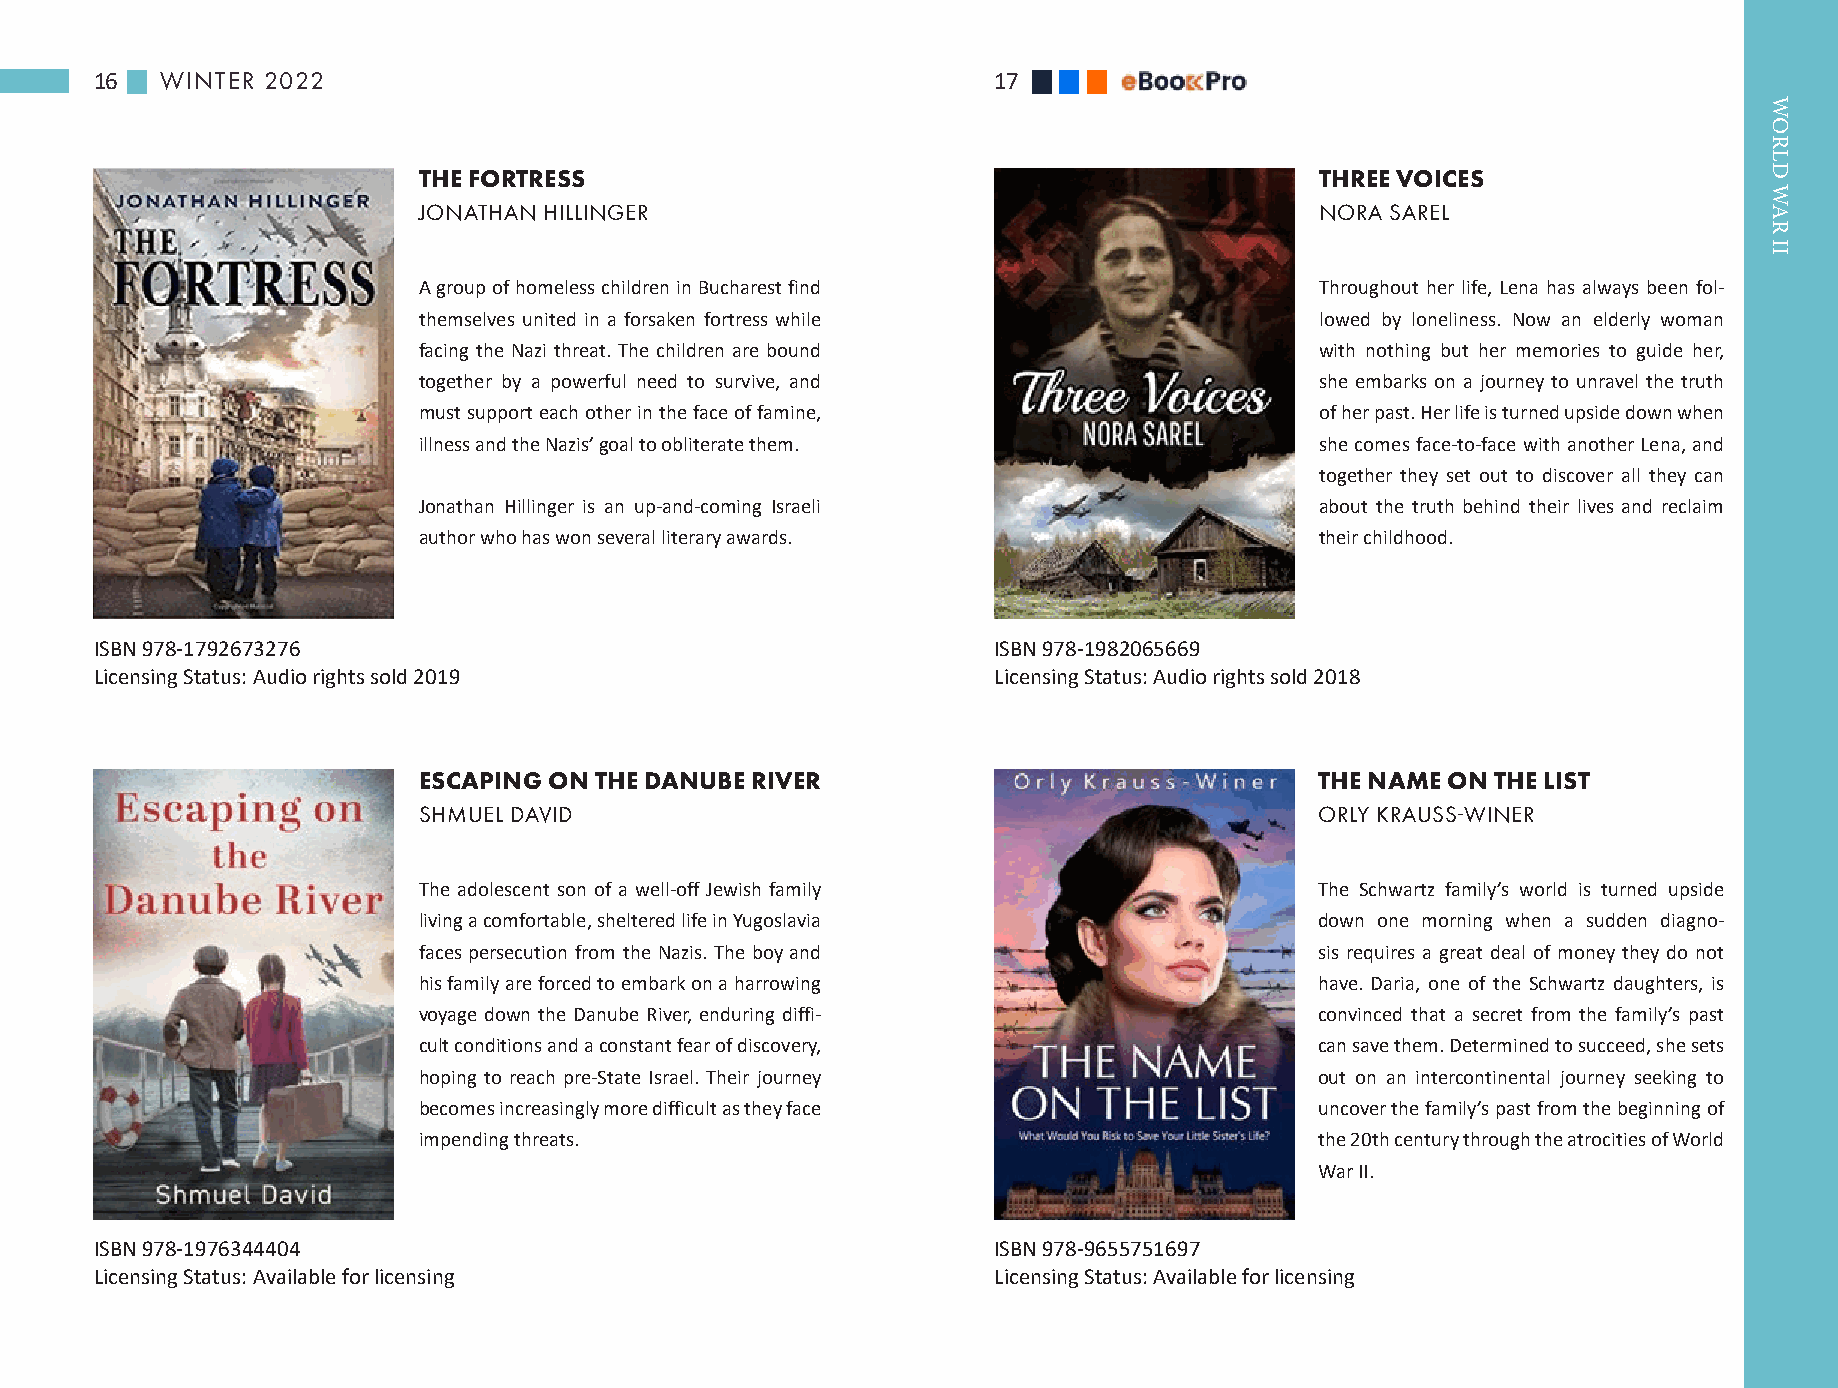
16   WINTER 2022                                            17
 THE FORTRESS                                               THREE VOICES
 JONATHAN HILLINGER                                         NORA SAREL
 A group of homeless children in Bucharest find             Throughout her life, Lena has always been fol-
 themselves united in a forsaken fortress while             lowed by loneliness. Now an elderly woman
 facing the Nazi threat. The children are bound             with nothing but her memories to guide her,
 together by a powerful need to survive, and                she embarks on a journey to unravel the truth
 must support each other in the face of famine,             of her past. Her life is turned upside down when
 illness and the Nazis’ goal to obliterate them.            she comes face-to-face with another Lena, and
 together they set out to discover all they can
 Jonathan Hillinger is an up-and-coming Israeli             about the truth behind their lives and reclaim
 author who has won several literary awards.                their childhood.
 ISBN 978-1792673276                                         ISBN 978-1982065669
 Licensing Status: Audio rights sold 2019                    Licensing Status: Audio rights sold 2018
 ESCAPING ON THE DANUBE RIVER                               THE NAME ON THE LIST
 SHMUEL DAVID                                               ORLY KRAUSS-WINER
 The adolescent son of a well-off Jewish family             The Schwartz family’s world is turned upside
 living a comfortable, sheltered life in Yugoslavia         down one morning when a sudden diagno-
 faces persecution from the Nazis. The boy and              sis requires a great deal of money they do not
 his family are forced to embark on a harrowing             have. Daria, one of the Schwartz daughters, is
 voyage down the Danube River, enduring diffi-              convinced that a secret from the family’s past
 cult conditions and a constant fear of discovery,          can save them. Determined to succeed, she sets
 hoping to reach pre-State Israel. Their journey            out on an intercontinental journey seeking to
 becomes increasingly more difficult as they face           uncover the family’s past from the beginning of
 impending threats.                                         the 20th century through the atrocities of World
 War II.
 ISBN 978-1976344404                                         ISBN 978-9655751697
 Licensing Status: Available for licensing                   Licensing Status: Available for licensing
 WORLD
 WAR
 II